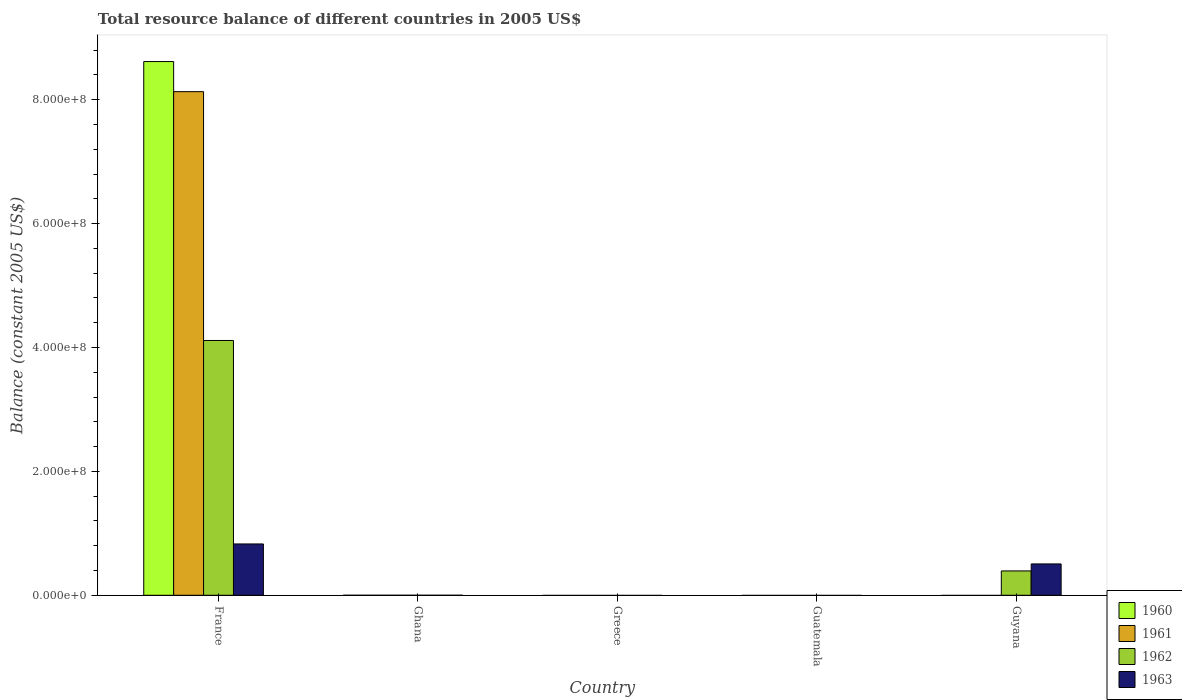
| Country | 1960 | 1961 | 1962 | 1963 |
 | --- | --- | --- | --- | --- |
 | France | 8.62e+08 | 8.13e+08 | 4.11e+08 | 8.29e+07 |
 | Ghana | -6.3e+03 | -9.6e+03 | -4.2e+03 | -6.9e+03 |
 | Greece | -2.99e+07 | -3.18e+07 | -3.41e+07 | -4.21e+07 |
 | Guatemala | -1.98e+07 | -1.66e+07 | -1.87e+07 | -2.08e+07 |
 | Guyana | -2.4e+07 | -2.9e+06 | 3.93e+07 | 5.06e+07 |